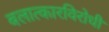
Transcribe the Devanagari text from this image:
बलात्कारविरोधी